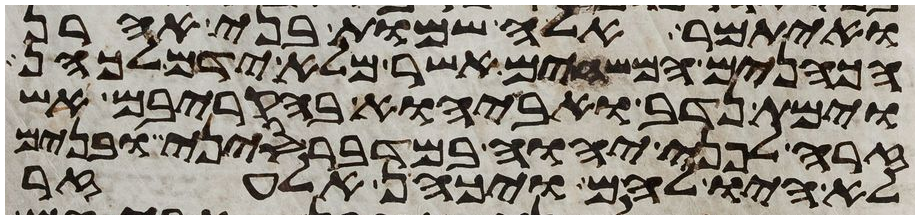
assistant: ואיתמר אלה שמות בני אהרן
הכהנים המשחים אשר מלא ידם לכהן
וימת נדב ואביהוא בהקריבם אש
זרה לפני יהוה במדבר סיני ובנים
לא היו להם ויכהן אלעזר